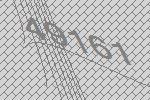
49161